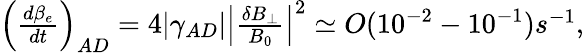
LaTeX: \begin{array}{r}{\left(\frac{d\beta_{e}}{dt}\right)_{AD}=4\lvert\gamma_{AD}\rvert\left\lvert\frac{\delta B_{\perp}}{B_{0}}\right\rvert^{2}\simeq O(10^{-2}-10^{-1})s^{-1},}\end{array}